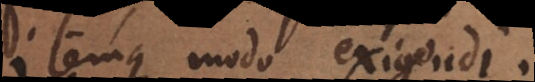
itemque modo exigendi.